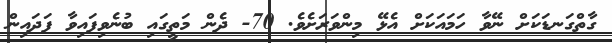
ގާތްގަނޑަކަށް ނޭވާ ހަމައަކަށް އެޅޭ މިންވަރަށެވެ. 70- ދެން މަތީގައި ބުނެވިފައިވާ ފަދައިން